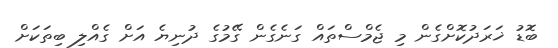
ބޮޑު ޚަރަދުކޮށްގެން މި ޖެމްސްތައް ގަނެގެން ގޭމުގެ ދުނިޔެ އަށް ގެއްލި ބިތަކަށް